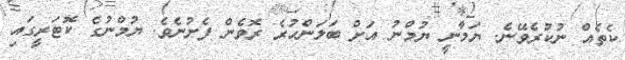
ކެތެއް ނުކުރެވޭނެ. ޔަމާނީ ޔުމްނު އަށް ބަލަންހުރެ ރޮވެން ފެށުނެވެ. ޔުމްނުގެ ކޮޓަރީގައި